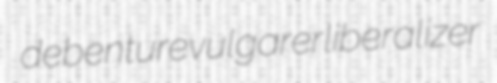
debenture vulgarer liberalizer